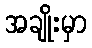
အချိုးမှာ